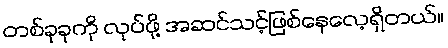
တစ်ခုခုကို လုပ်ဖို့ အဆင်သင့်ဖြစ်နေလေ့ရှိတယ်။